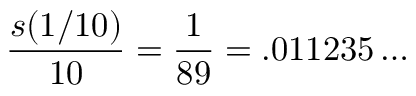
{ \frac { s ( 1 / 1 0 ) } { 1 0 } } = { \frac { 1 } { 8 9 } } = . 0 1 1 2 3 5 \ldots